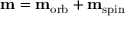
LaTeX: \mathbf { m } = \mathbf { m } _ { \mathrm { { o r b } } } + \mathbf { m } _ { \mathrm { { s p i n } } }